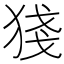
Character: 㹽